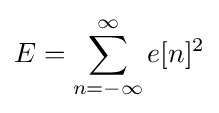
E=\sum _{n=-\infty }^{\infty }e[n]^{2}